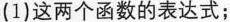
(1)这两个函数的表达式；